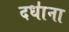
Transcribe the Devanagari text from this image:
दधा॑ना